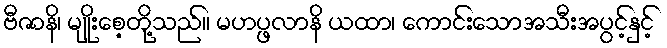
ဗီဇာနိ၊ မျိုးစေ့တို့သည်။ မဟပ္ဖလာနိ ယထာ၊ ကောင်းသောအသီးအပွင့်နှင့်